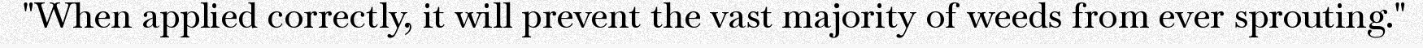
"When applied correctly, it will prevent the vast majority of weeds from ever sprouting."